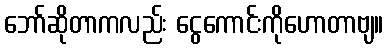
ဘော်ဆိုတာကလည်း ငွေကောင်းကိုဟောတာဗျ။